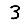
Digit: 3